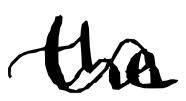
Text: the
Cross-out: mix
Writing tool: digital_black